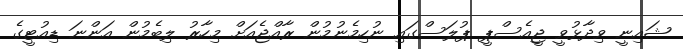
ޝައިނީ ވިދާޅުވީ ޖީއެސްޕީ ޕުލަސްގައި ނުހިމެނުމުން ރާއްޖެއަށް މިހާރު ލިބެމުން އަންނަ ޑިއުޓީގެ